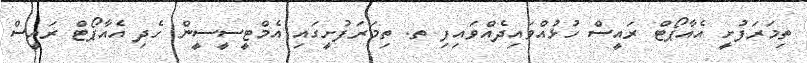
ތިމަރަފުށީ އެއާޕޯޓް ރައީސް ހުޅުއްވައިދެއްވައިފި ތ. ތިމަރަފުށީގައި އެމްޓީސީސީން ހެދި އެއާޕޯޓް ރައީސް